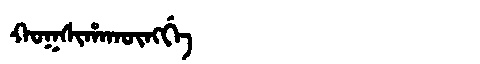
Manchu: ᡴᠣᡴᠰᡳᡥᠠᡴᡡᠩᡤᡝ
Romanization: KOKSIHAKŪNGGE